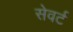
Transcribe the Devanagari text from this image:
सेवर्ट